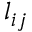
l _ { i j }